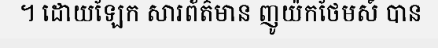
។ ដោយឡែក សារព័ត៌មាន ញូយ៉កថែមស៍ បាន